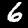
Label: 6